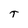
Character: T